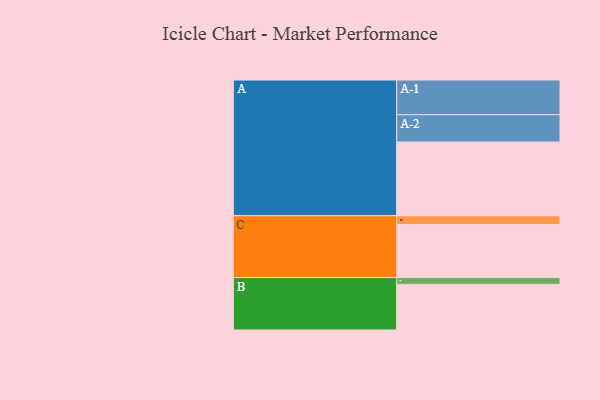
{"axis": {"x": "Segment", "y": "Value"}, "legend": ["", "A", "B", "C"], "data": [{"x": "A", "y": 586, "type": ""}, {"x": "B", "y": 363, "type": ""}, {"x": "C", "y": 422, "type": ""}, {"x": "A-1", "y": 276, "type": "A"}, {"x": "A-2", "y": 217, "type": "A"}, {"x": "B-1", "y": 54, "type": "B"}, {"x": "C-1", "y": 69, "type": "C"}]}